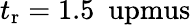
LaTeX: t_{\mathrm{r}}=1.5~\mathrm{\ upmus}